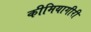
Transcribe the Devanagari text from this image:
कीमियागीरी